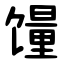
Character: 䭪